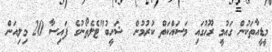
މީޑީއާތަކުން ގައުމީ ރޫހުގައި މަސައްކަތް ކުރުމުން  ޝަހީބު"ޓެލެތޯނުގެ ފައިސާ 20 މިލިއަން